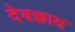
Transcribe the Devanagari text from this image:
देवज्ञाय